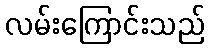
လမ်းကြောင်းသည်